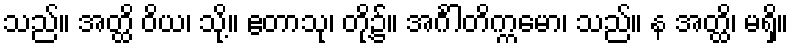
သည်။ အတ္ထိ ဝိယ၊ သို့။ ဧတာသု၊ တို့၌။ အင်္ဂါတိက္ကမော၊ သည်။ န အတ္ထိ၊ မရှိ။